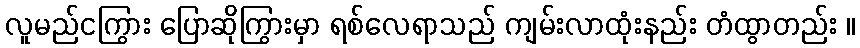
လူမည်ငကြွား ပြောဆိုကြွားမှာ ရစ်လေရာသည် ကျမ်းလာထုံးနည်း တံထွာတည်း ။